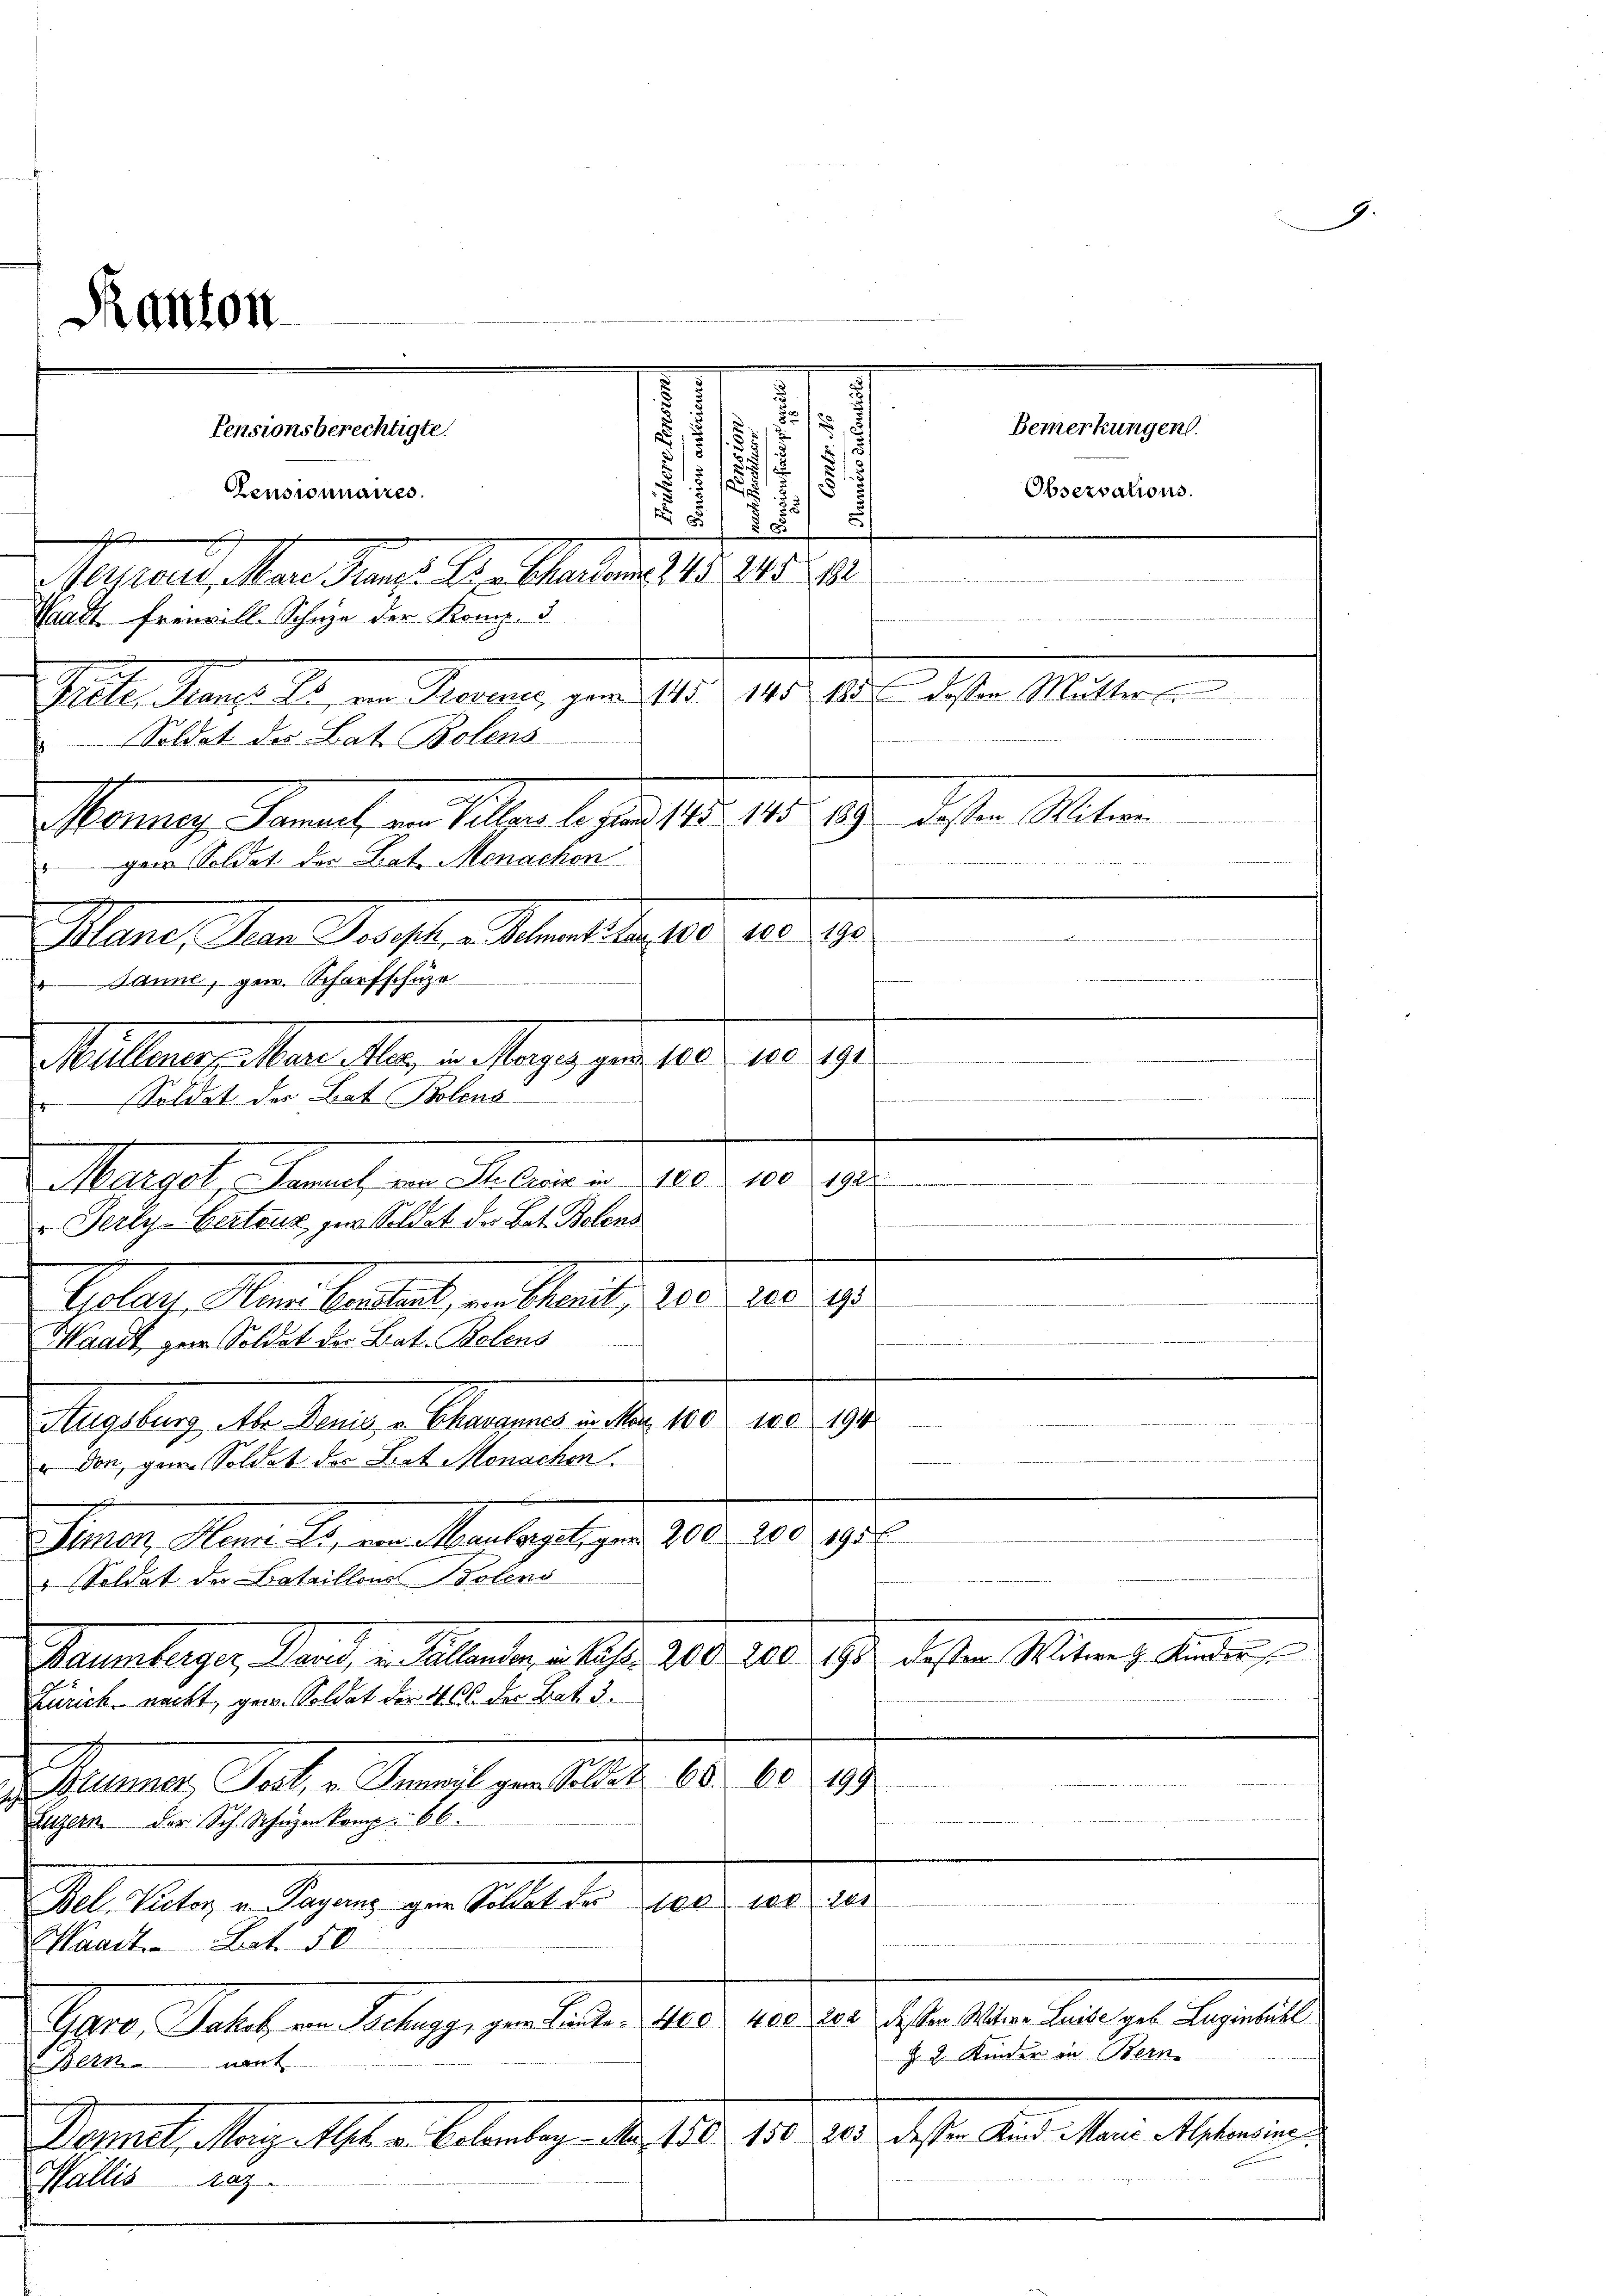
Menne, Fanach von Seller le den 11. 198. 89
paar Soldat der Lat. Menachen
Mane, den Parister Petente das 180
Janne, gew. Scharfschüze
Müllener, Marie Men, in Morges zu 100 - 100. 890
Soldat der hat Botens

Ranton

.
Pensionsberechtigte.
s
52
151

Pensionnaires.
.
5 x
d
Megnau, Mar Franz. Die Martag 215. 1241. 1
Wadt. Freiwill-Schwie der Komp. 3
Piete Manz. Si, von Trauner, gan 145. 145. 18 dessen Mutter
Soldat des Bat. Bolens-
deser Matern
27
400
190
17

st. Gesch
Mauregel, demnach ein Malerner 1805. 10
i
Perty-Gertrus zur Soldat der Bat. Bolens
.
Polen, den lautet, in Merit, 200. und g

.
Waadt, zum Soldet der Bat. Bolens
.
Hugsburg Aber Denis u. Chavannes in Man 100. 100. 194
u don, gern Soldat der Trat Monachen
Gener, Mass er an Martagelegen 10. 1085. 98.
 Soldat der Bataillons Solens
deser Seiten, inder
Baumberger, Band, u. Gallenden in Kaser 200. 200. 190
Zürich nacht, gew. Soldat der 4. 66. der Bat. 3.

t

199.
Summer, Sache Kraft gestellt. 10. 60
Luzern der Sch. Schüzen Komp. 66
te 100 11
Sli kalten Segnung zu stellt de
Waadt Art. 50
Garo, Jakob von Sachegg, gern Listen 400 per 200 dessen Mitere Leibe geb. Lagenbühl
§. 2. Kinder in Bern.
Bern unt
Jonast angelasten Bekanalog ab. Feb. 18. der diese Andelten Marien,
Wallis daz

¬
5
f

Bemerkungen.
Observations.